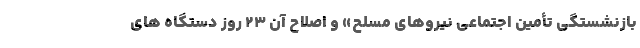
بازنشستگی تأمین اجتماعی نیروهای مسلح» و اصلاح آن ۲۳ روز دستگاه های